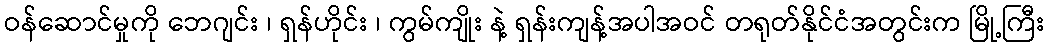
ဝန်ဆောင်မှုကို ဘေဂျင်း ၊ ရှန်ဟိုင်း ၊ ကွမ်ကျိုး နဲ့ ရှန်းကျန့်အပါအဝင် တရုတ်နိုင်ငံအတွင်းက မြို့ကြီး